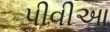
પીવીઆ